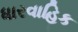
ધારવાહિક